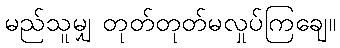
မည်သူမျှ တုတ်တုတ်မလှုပ်ကြချေ။